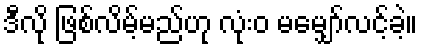
ဒီလို ဖြစ်လိမ့်မည်ဟု လုံးဝ မမျှော်လင့်ခဲ့။